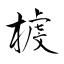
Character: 榩